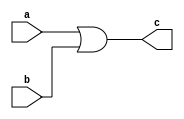
`timescale 1ns / 1ps
//////////////////////////////////////////////////////////////////////////////////
// Company: 
// Engineer: 
// 
// Design Name: 
// Module Name:    OR 
// Project Name: 
// Target Devices: 
// Tool versions: 
// Description: 
//
// Dependencies: 
//
// Revision: 
// Revision 0.01 - File Created
// Additional Comments: 
//
//////////////////////////////////////////////////////////////////////////////////
module OR(a,b,c);
input a,b;
output c;
assign c = a|b;

endmodule